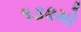
૧૩૨મો